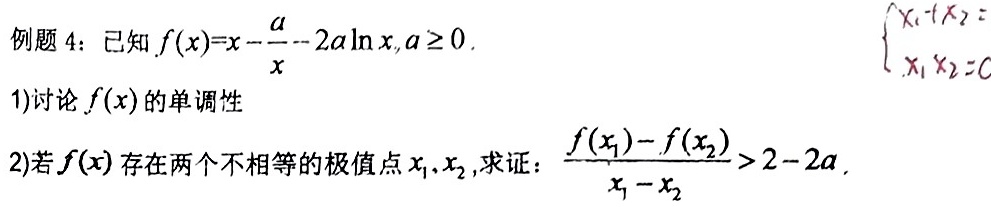
例题 4：已知$f(x)=x - \frac{a}{x} - 2a\ln x,a\geq0$.
1) 讨论$f(x)$的单调性
2) 若$f(x)$存在两个不相等的极值点$x_1,x_2$, 求证：$\frac{f(x_1)-f(x_2)}{x_1 - x_2}>2 - 2a$.